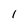
Character: I